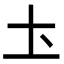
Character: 圡